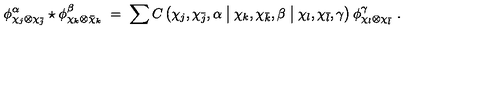
\phi _ { \chi _ { j } \otimes \chi _ { \bar { j } } } ^ { \alpha } \star \phi _ { \chi _ { k } \otimes \bar { \chi } _ { k } } ^ { \beta } \ = \ \sum C \left( \chi _ { j } , \chi _ { \bar { j } } , \alpha \bigm | \chi _ { k } , \chi _ { \bar { k } } , \beta \bigm | \chi _ { l } , \chi _ { \bar { l } } , \gamma \right) \phi _ { \chi _ { l } \otimes \chi _ { \bar { l } } } ^ { \gamma } \ .